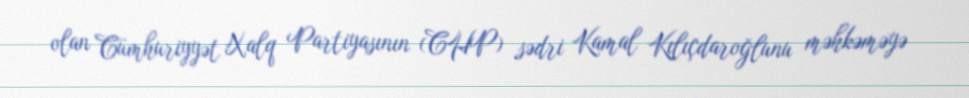
olan Cümhuriyyət Xalq Partiyasının (CHP) sədri Kamal Kılıçdaroğlunu məhkəməyə